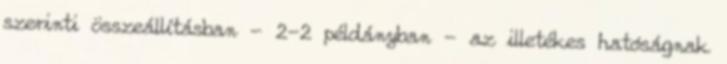
szerinti összeállításban - 2-2 példányban - az illetékes hatóságnak